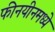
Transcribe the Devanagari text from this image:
फीनयीनमध्ये